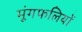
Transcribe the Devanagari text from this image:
मूंगफलियों